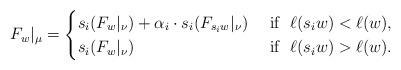
LaTeX: \begin{align*} {F}_w|_\mu=\begin{cases}s_i( {F}_w|_{\nu})+\alpha_i\cdot s_i( {F}_{s_iw}|_{\nu}) & \mbox{ if }\ \ell(s_iw)<\ell(w) ,\\s_i( {F}_w|_{\nu})& \mbox{ if }\ \ell(s_iw)> \ell(w).\end{cases}\end{align*}